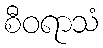
စီဝရာသံ